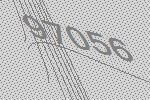
97056